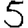
Digit: 5